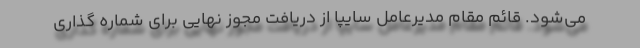
می‌شود. قائم مقام مدیرعامل سایپا از دریافت مجوز نهایی برای شماره گذاری